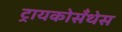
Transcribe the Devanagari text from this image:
ट्रायकोसँथेस